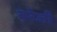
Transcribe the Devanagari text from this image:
बरेजी